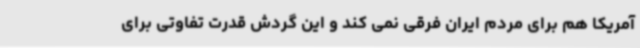
آمریکا هم برای مردم ایران فرقی نمی کند و این گردش قدرت تفاوتی برای